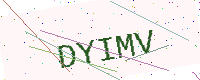
Text: DYIMV